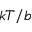
k T / b